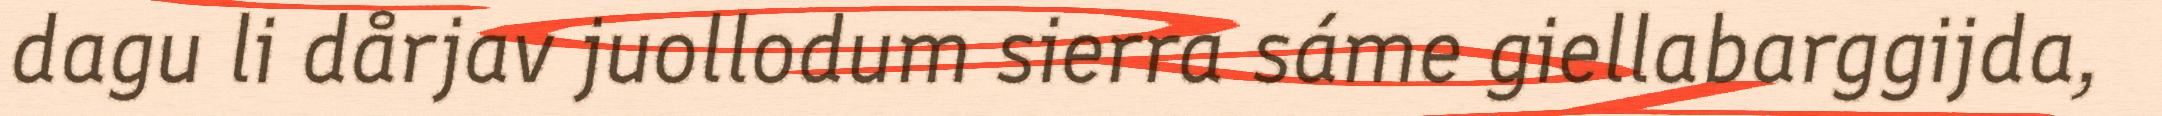
dagu li dårjav juollodum sierra sáme giellabarggijda,